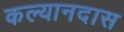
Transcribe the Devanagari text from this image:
कल्यानदास